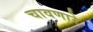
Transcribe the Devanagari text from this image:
चावणारे